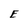
Character: E